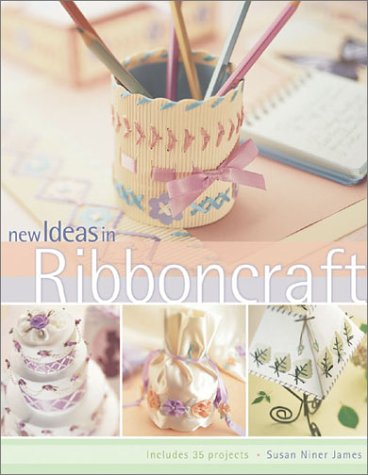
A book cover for New Ideas in Ribbon Craft; Susan Niner Janes; Crafts, Hobbies & Home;